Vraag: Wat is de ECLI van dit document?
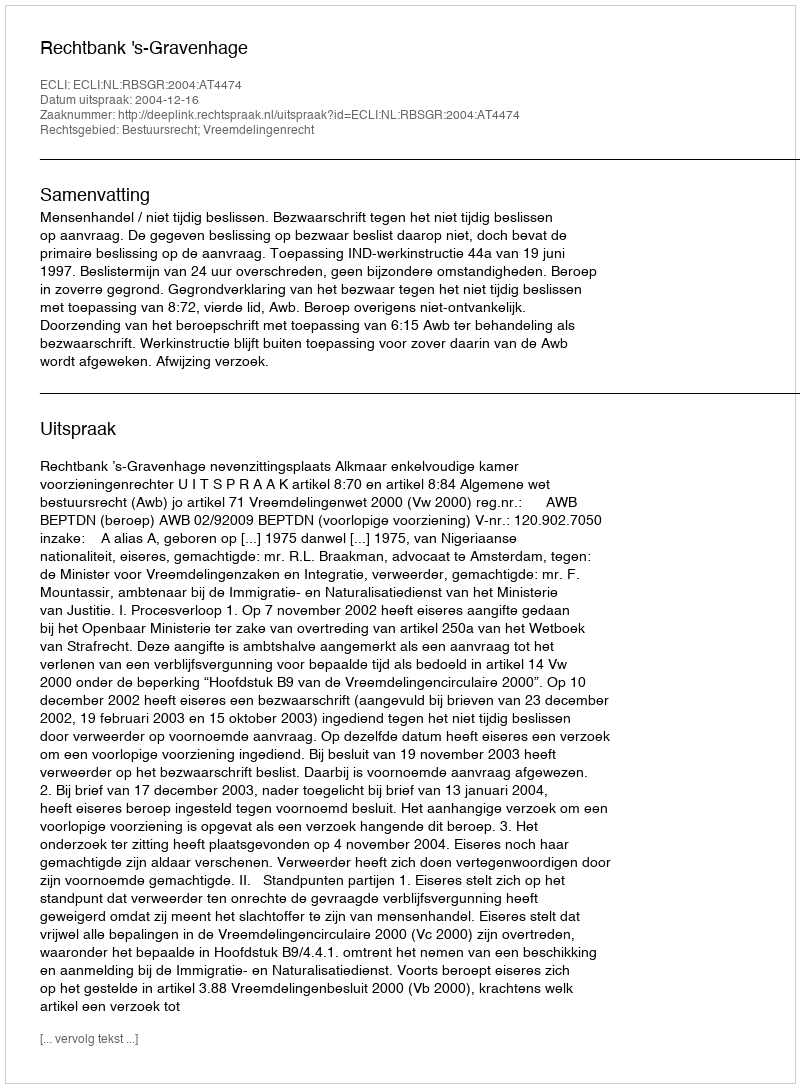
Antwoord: ECLI:NL:RBSGR:2004:AT4474